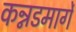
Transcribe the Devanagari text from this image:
कन्नडमार्गे